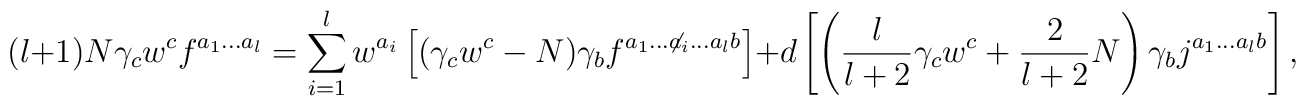
(l+1)N\gamma_cw^cf^{a_1...a_l}=\sum_{i=1}^{l}w^{a_i}\left[(\gamma_cw^c-N)\gamma_bf^{a_1...{\not a_i}...a_lb}\right]+d\left[\left(\frac{l}{l+2}\gamma_cw^c+\frac{2}{l+2}N\right) \gamma_bj^{a_1...a_lb}\right],